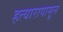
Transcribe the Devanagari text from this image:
हत्यारापासून